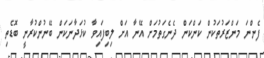
ފެންނަ މަންޒަރުތަކުން ކަންކަން ދެނެގަތުމަށް އޭނާ އަށް ލިބިފައިވާ ކުޅަދާނަކަން ބޭނުންކުރާނީ ބޮޑެތި